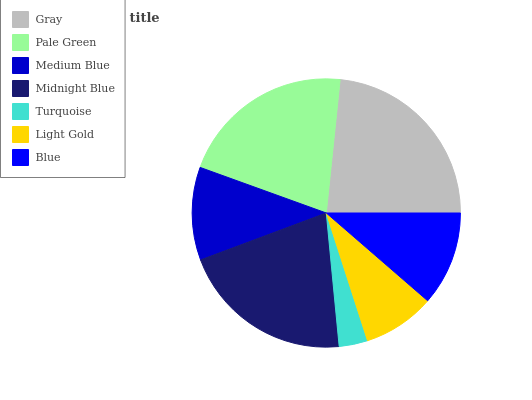
| Gray | Pale Green | Medium Blue | Midnight Blue | Turquoise | Light Gold | Blue |
 | --- | --- | --- | --- | --- | --- | --- |
 | 23.4% | 21.1% | 11.2% | 20.8% | 3.43% | 8.67% | 11.4% |